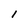
Character: I